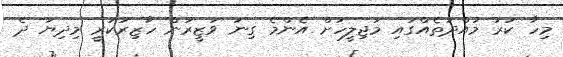
މިހާ ކުރު މުއްދަތެއްގައި މަޖިލީހަށް އެންމެ ގިނަ ވަޒީރުން ހާޒިރުކުރީ މިދިޔަ ދެ